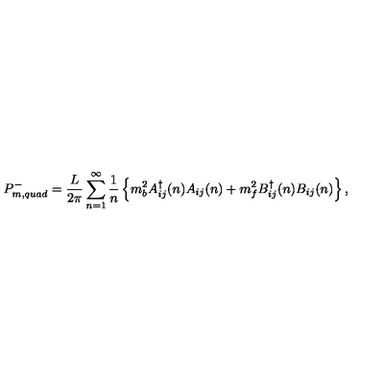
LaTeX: P _ { m , q u a d } ^ { - } = \frac { L } { 2 \pi } \sum _ { n = 1 } ^ { \infty } \frac { 1 } { n } \left\{ m _ { b } ^ { 2 } A _ { i j } ^ { \dag } ( n ) A _ { i j } ( n ) + m _ { f } ^ { 2 } B _ { i j } ^ { \dag } ( n ) B _ { i j } ( n ) \right\} ,